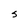
Character: S